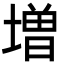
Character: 増